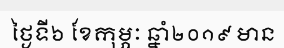
ថ្ងៃទី៦ ខែកុម្ភៈ ឆ្នាំ២០១៩ មាន